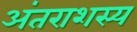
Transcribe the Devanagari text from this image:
अंतराशस्य